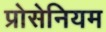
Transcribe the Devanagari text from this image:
प्रोसेनियम